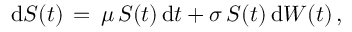
\mathrm { d } S ( t ) \, = \, \mu \, S ( t ) \, \mathrm { d } t + \sigma \, S ( t ) \, \mathrm { d } W ( t ) \, ,